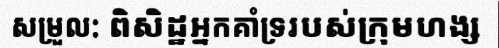
សម្រួល: ពិសិដ្ឋអ្នកគាំទ្ររបស់ក្រុមហង្ស